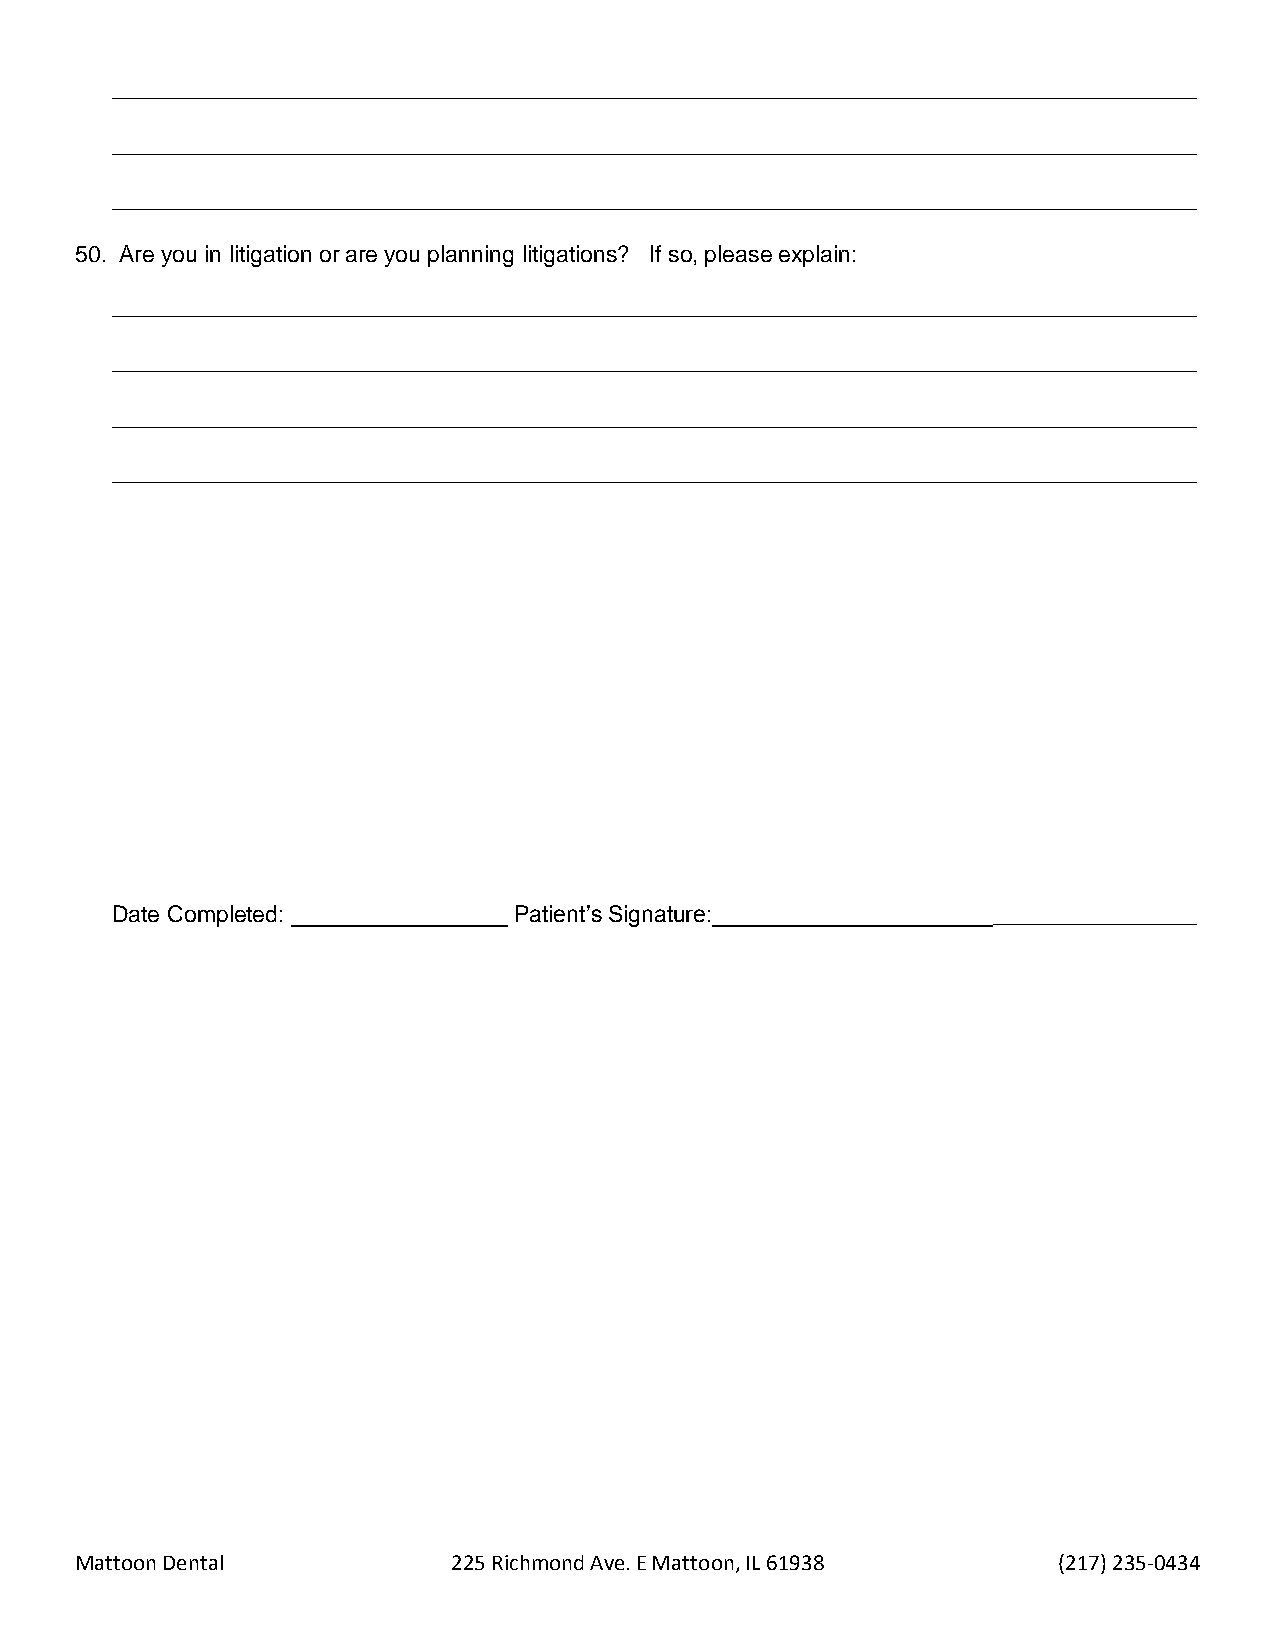
_____________________________________________________________________________________
 _____________________________________________________________________________________
 _____________________________________________________________________________________
 50. Are you in litigation or are you planning litigations? If so, please explain:
 _____________________________________________________________________________________
 _____________________________________________________________________________________
 _____________________________________________________________________________________
 _____________________________________________________________________________________
 Date Completed: _________________ Patient’s Signature:______________________________________
 Mattoon Dental           225 Richmond Ave. E Mattoon, IL 61938   (217) 235-0434